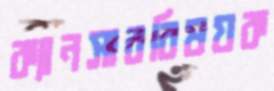
ক্যানসারবিষয়ক